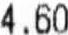
4.60